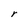
Character: r